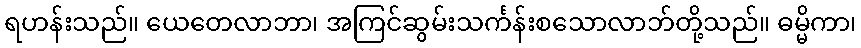
ရဟန်းသည်။ ယေတေလာဘာ၊ အကြင်ဆွမ်းသင်္ကန်းစသောလာဘ်တို့သည်။ ဓမ္မိကာ၊